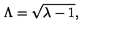
\Lambda = \sqrt { \lambda - 1 } ,